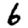
Digit: 6